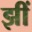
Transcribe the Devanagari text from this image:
झीं